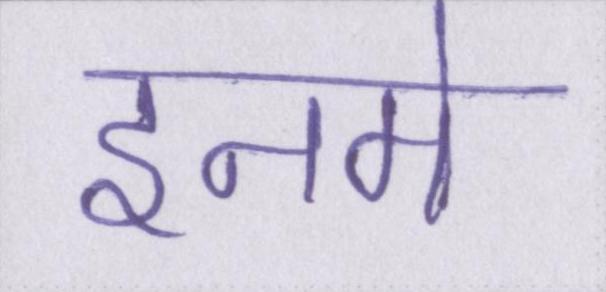
इनमे